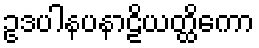
ဥဒပါနပနာဠိယတ္ထိကော